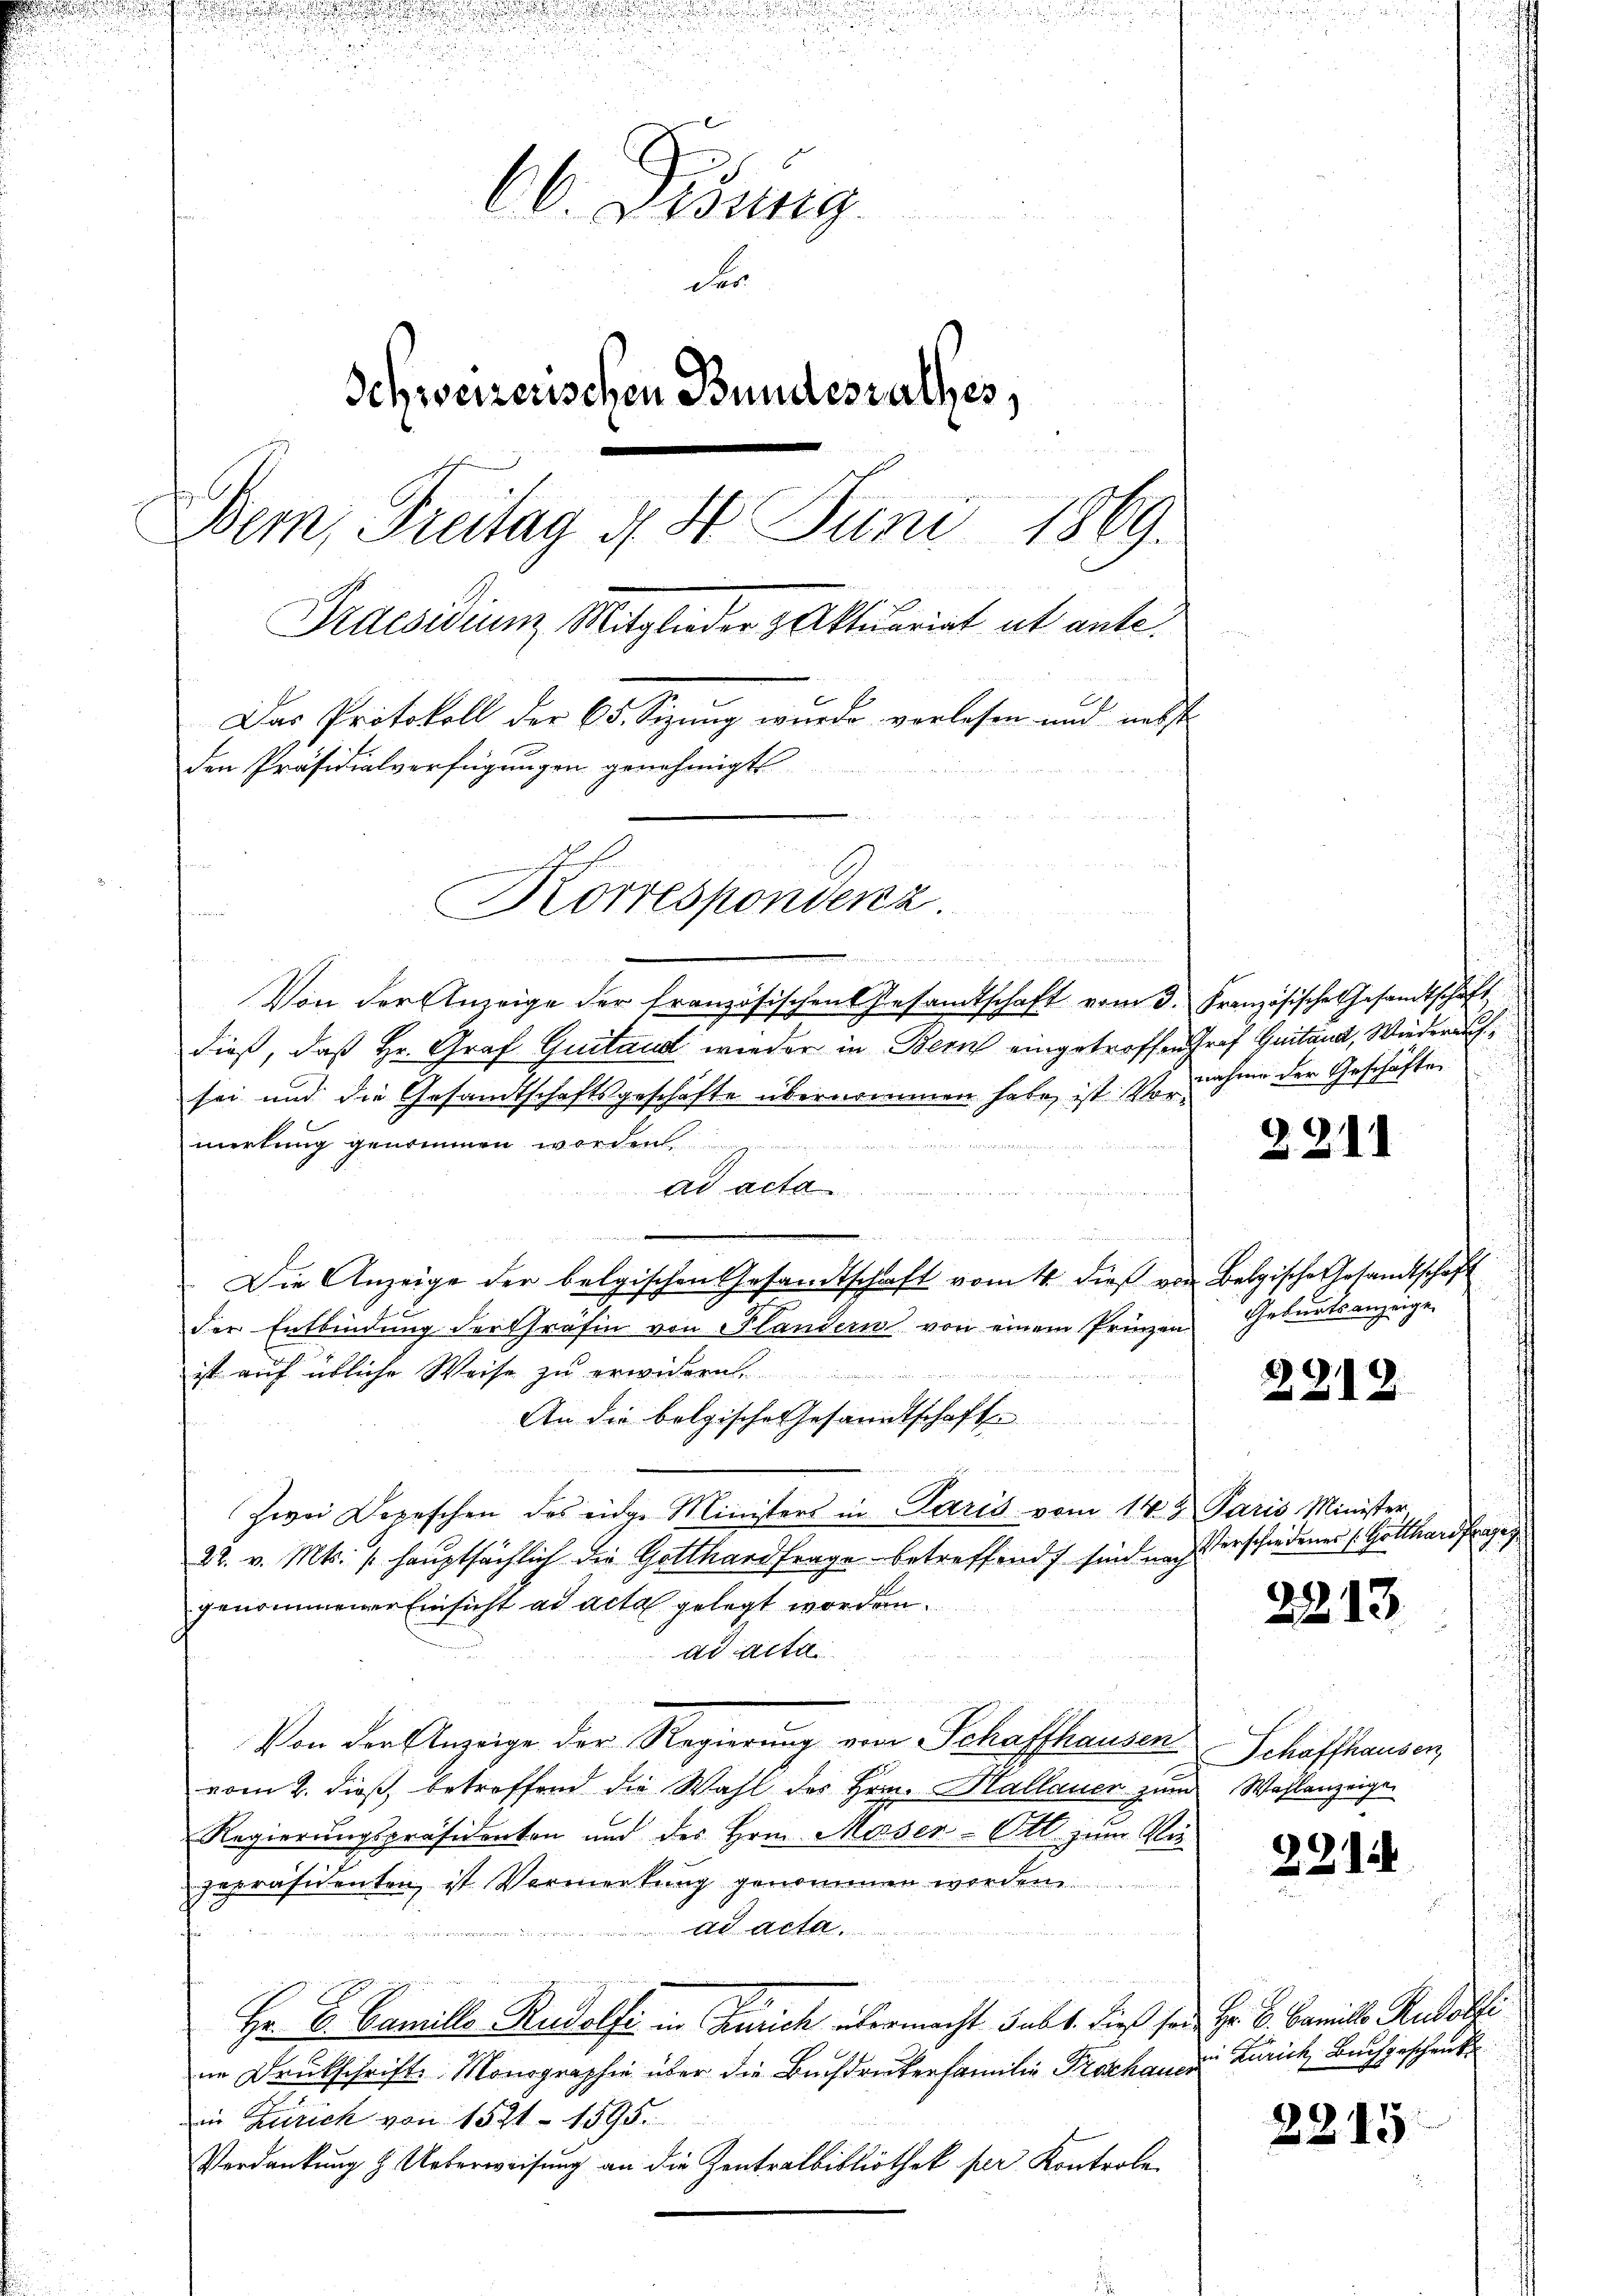
66. Didung
der
Schweizerischen Bundesrathes,
i
Bem, Freitag d. 4. Juni 1869.
Praesidium Mitglieder Aktuariat ut ante.
Das Protokoll der 65. Sizung wurde verlesen und nebst
den Präsidialverfügungen genehmigt
Korrespondenz.

Von der Anzeige der französischen Gesamtschaft vom 3. Französische Gesandtschaft
dieß, daß Hr. Graf Quitand wieder in Bern eingetroffen Prof Quitand, Wiederauf,
sei und die Gesandtschaftsgeschäfte übernommen habe, ist Vormerkung genommen worden.

Ad acta

nliche der Seitende er sch
Die Anzeige der belgischen Gesandtschaft vom 4. dieß von Belgische Gesamtschaft
2
der Entbindung der Gräfin von Flandern von einem Prinzen Geburtsanzeige
ist auf übliche Weise zu erwidern.................

An die bolgische Gesandtschafte
e
ee et der bei der der bereit nachtete
Zwei Depeschen des eidge Ministers in Paris vom 14t Paris Minister,
22. v. Mts. / hauptsächlich die Gotthardfrage betreffend sind nach
genommener Einsicht ad acta gelegt worden.
ad Acta.
Von der Anzeige der Regierung von Schaffhausen Schaffhausen,
vom 2. dieß, betroffend die Wahl des Hrn. Hallauer zum Wahlanzeige
Regierungspräsidenten und des Hrn. Messer-Ott. zum Vie
zepräsidenten, ist Vormerkung genommen worden.
ad acta.
Hr. Dr. Camille Rudolfi in Zürich übermacht sub 1. dieß sei Hr. P. Famille Rudolfi
im Druckschrift Monographie über die Buchdruckerfamilie Proschauer Zürich, Buchgeschenk
in Zürich von 1521 - 1595.
Verdankung & Ueberweisung an die Zentralbibliothek per Kontrole

n

.

nahme der Geschäften

22.

221

2213

22.

1

Verschiedenes Gotthardfrage

2215